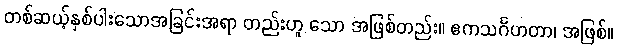
တစ်ဆယ့်နှစ်ပါးသောအခြင်းအရာ တည်းဟူ သော အဖြစ်တည်း။ ဧကသင်္ဂဟတာ၊ အဖြစ်။